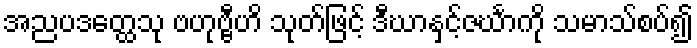
အညပဒတ္ထေသု ဗဟုဗ္ဗီဟိ သုတ်ဖြင့် ဒီဃာနှင့်ဇင်္ဃာကို သမာသ်စပ်၍